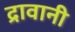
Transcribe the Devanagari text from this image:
द्रावानी